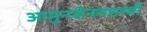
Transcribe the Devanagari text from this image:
आमुनसेनयशस्वी